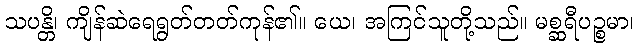
သပန္တိ၊ ကျိန်ဆဲရေရွတ်တတ်ကုန်၏။ ယေ၊ အကြင်သူတို့သည်။ မစ္ဆရီပဉ္စမာ၊